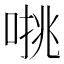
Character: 𰈁